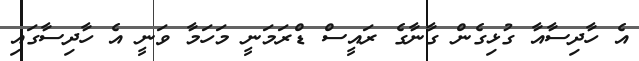
އެ ހާދިސާއާ ގުޅިގެން ގާނާގެ ރައީސް ޑްރަމަނީ މަހަމާ ވަނީ އެ ހާދިސާގައި